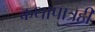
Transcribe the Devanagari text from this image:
कथापात्रही